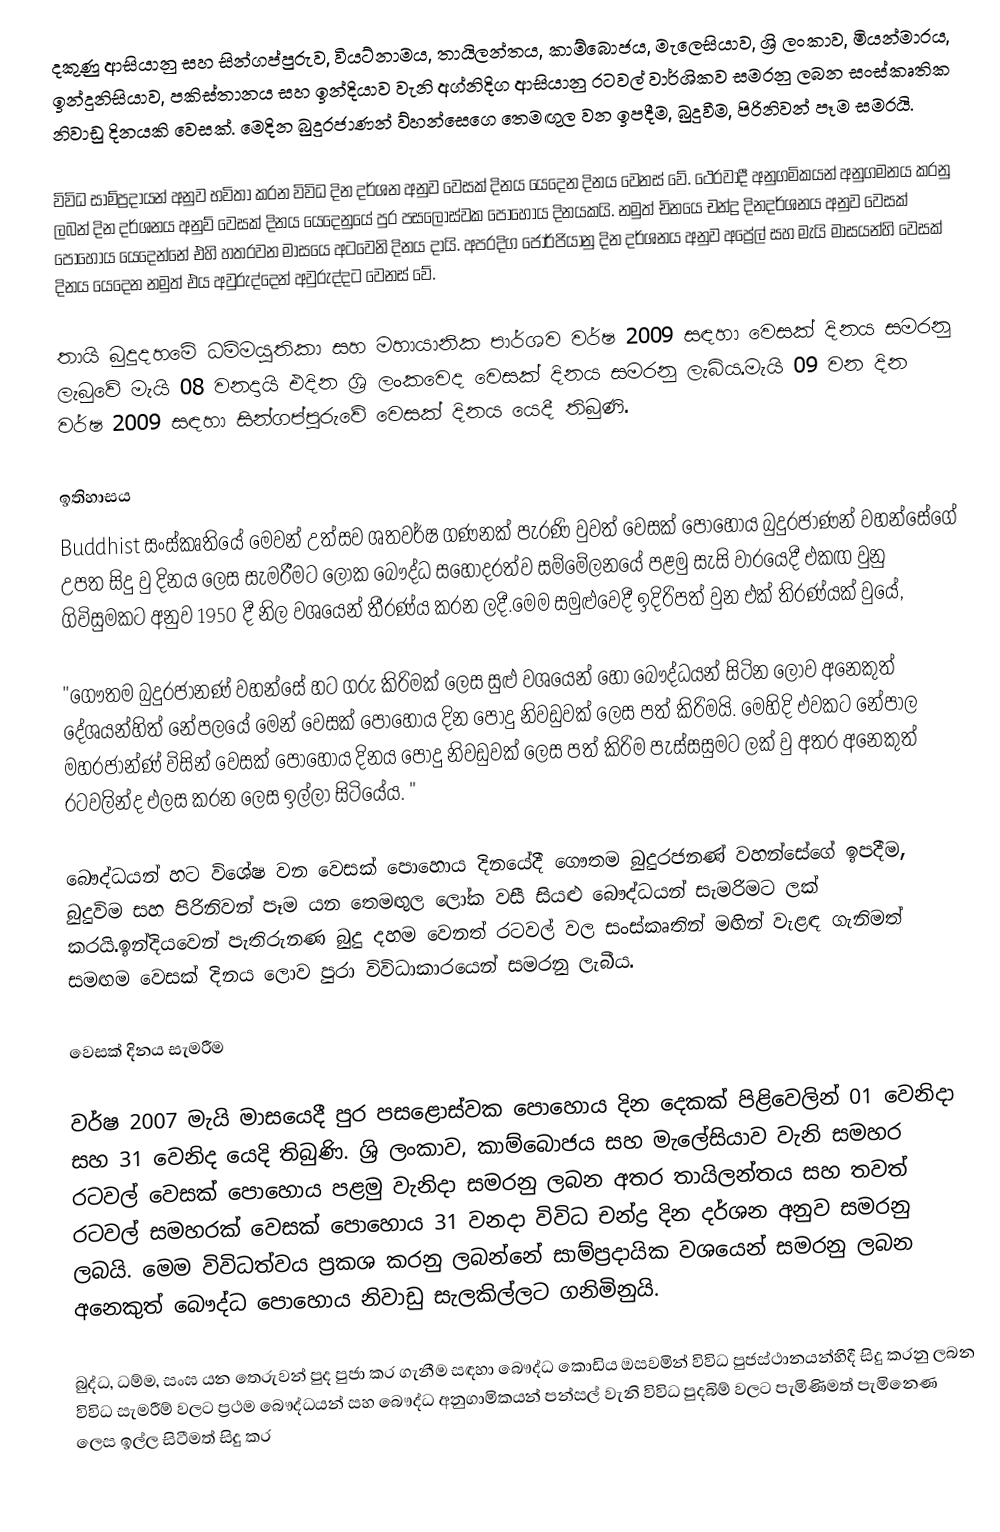
දකුණු ආසියානු සහ සින්ගප්පුරුව, වියට්නාමය, තායිලන්තය, කාම්බොජය, මැලෙසියාව, ශ්‍රි ලංකාව, මියන්මාරය, ඉන්දුනිසියාව, පකිස්තානය සහ ඉන්දියාව වැනි අග්නිදිග ආසියානු රටවල් වාර්ශිකව සමරනු ලබන සංස්කෘතික නිවාඩු දිනයකි වෙසක්. මෙදින බුදුරජාණන් ව්හන්සෙගෙ තෙමඟුල වන ඉපදීම, බුදුවීම, පිරිනිවන් පෑම සමරයි.

විවිධ සාම්ප්‍රදායන් අනුව භවිතා කරන විවිධ දින දර්ශන අනුව වෙසක් දිනය යෙදෙන දිනය වෙනස් වේ. ථෙරවාදී අනුගමිකයන් අනුගමනය කරනු ලබන් දින දර්ශනය අනුව් වෙසක් දිනය යෙදෙනුයේ පුර පසලොස්වක පොහොය දිනයකයි. නමුත් චිනයෙ චන්ද්‍ර දිනදර්ශනය අනුව වෙසක් පොහොය යෙදෙන්නේ එහි හතරවන මාසයෙ අටවෙනි දිනය දායි. අපරදිග ජොර්ජියානු දින දර්ශනය අනුව අප්‍රේල් සහ මැයි මාසයන්හි වෙසක් දිනය යෙදෙන නමුත් එය අවුරුද්දෙන් අවුරුද්දට වෙනස් වේ.

තායි බුදුදහමේ ධම්මයුතිකා සහ මහායානික පාර්ශව වර්ෂ 2009 සඳහා වෙසක් දිනය සමරනු ලැබුවේ මැයි 08 වනදායි එදින ශ්‍රි ලංකවෙද වෙසක් දිනය සමරනු ලැබිය.මැයි 09 වන දින වර්ෂ 2009 සඳහා සින්ගප්පුරුවේ වෙසක් දිනය යෙදී තිබුණි.

ඉතිහාසය
Buddhist සංස්කෘතියේ මෙවන් උත්සව ශතවර්ෂ ගණනක් පැරණි වුවත් වෙසක් පොහොය බුදුරජාණන් වහන්සේගේ උපත සිදු වු දිනය ලෙස  සැමරීමට ලෝක බෞද්ධ සහොදරත්ව සම්මේලනයේ පළමු සැසි වාරයෙදී එකඟ වුනු ගිවිසුමකට අනුව 1950 දී   නිල වශයෙන් තීරණ්ය කරන ලදී.මෙම සමුළුවෙදී ඉදිරිපත් වුන එක් තිරණ්යක් වුයේ,

"ගෞතම බුදුරජානණ් වහන්සේ හට ගරු කිරිමක් ලෙස සුළු වශයෙන් හෝ බෞද්ධයන් සිටින ලොව අනෙකුත් දේශයන්හිත් නේපලයේ මෙන් වෙසක් පොහොය දින පොදු නිවඩුවක් ලෙස පත් කිරිමයි. මෙහිදි එවකට නේපාල මහරජාන්ණ් විසින් වෙසක් පොහොය දිනය පොදු නිවඩුවක් ලෙස පත් කිරිම පැස්සසුමට ලක් වු අතර අනෙකුත් රටවලින්ද එලස කරන ලෙස ඉල්ලා සිටියේය. "

බෞද්ධයන් හට විශේෂ වන වෙසක් පොහොය දිනයේදී ගෞතම බුදුරජනණ් වහන්සේගේ ඉපදීම, බුදුවිම සහ පිරිනිවන් පෑම යන තෙමඟුල ලෝක වසී සියළු බෞද්ධයන් සැමරිමට ලක් කරයි.ඉන්දියවෙන් පැතිරුනණ බුදු දහම වෙනත් රටවල් වල සංස්කෘතින් මඟින් වැළඳ ගැනිමත් සමඟම වෙසක් දිනය ලොව පුරා විවිධාකාරයෙන් සමරනු ලැබීය.

වෙසක් දිනය සැමරීම

වර්ෂ 2007 මැයි මාසයෙදී පුර පසළොස්වක පොහොය දින දෙකක් පිළිවෙලින් 01 වෙනිදා සහ 31 වෙනිද යෙදි තිබුණි. ශ්‍රි ලංකාව, කාම්බොජය සහ මැලේසියාව වැනි සමහර රටවල් වෙසක් පොහොය පළමු වැනිදා සමරනු ලබන අතර තායිලන්තය සහ තවත් රටවල් සමහරක් වෙසක් පොහොය 31 වනදා විවිධ චන්ද්‍ර දින දර්ශන අනුව සමරනු ලබයි. මෙම විවිධත්වය ප්‍රකශ කරනු ලබන්නේ සාම්ප්‍රදායික වශයෙන් සමරනු ලබන අනෙකුත් බෞද්ධ පොහොය නිවාඩු සැලකිල්ලට ගනිමිනුයි.

බුද්ධ, ධම්ම, සංඝ යන තෙරුවන් පුද පුජා කර ගැනීම සඳහා බෞද්ධ කොඩිය ඔසවමින් විවිධ පුජස්ථානයන්හිදී සිදු කරනු ලබන විවිධ සැමරීම් වලට ප්‍රථම බෞද්ධයන් සහ බෞද්ධ අනුගාමිකයන් පන්සල් වැනි විවිධ පුදබිම් වලට පැමිණිමත් පැමිනෙණ ලෙස ඉල්ල සිටීමත් සිදු කර